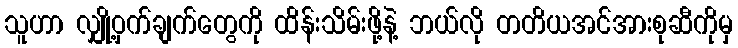
သူဟာ လျှို့ဝှက်ချက်တွေကို ထိန်းသိမ်းဖို့နဲ့ ဘယ်လို တတိယအင်အားစုဆီကိုမှ